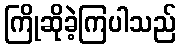
ကြိုဆိုခဲ့ကြပါသည်